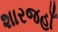
શારજહાઁ